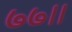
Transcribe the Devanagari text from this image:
७७।।